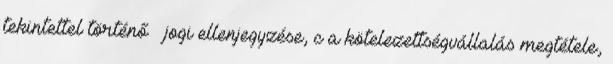
tekintettel történő – jogi ellenjegyzése, c a kötelezettségvállalás megtétele,